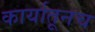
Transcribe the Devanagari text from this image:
कार्यातूनच